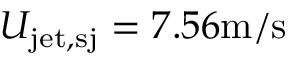
U _ { \mathrm { j e t , s j } } = 7 . 5 6 \mathrm { m / s }